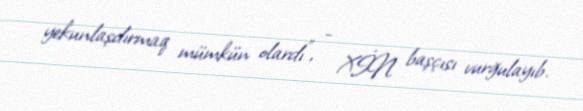
yekunlaşdırmaq mümkün olardı”, - XİN başçısı vurğulayıb.